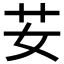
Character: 𦬑